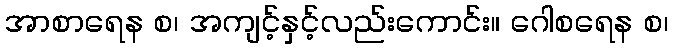
အာစာရေန စ၊ အကျင့်နှင့်လည်းကောင်း။ ဂေါစရေန စ၊